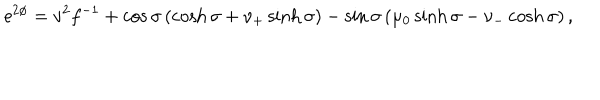
\mathrm { e } ^ { 2 \phi } = v ^ { 2 } f ^ { - 1 } + \cos \sigma \left( \cosh \sigma + \nu _ { + } \sinh \sigma \right) - \sin \sigma \left( \mu _ { 0 } \sinh \sigma - \nu _ { - } \cosh \sigma \right) ,